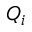
Q _ { i }